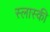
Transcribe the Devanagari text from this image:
स्लास्की